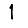
Digit: 1